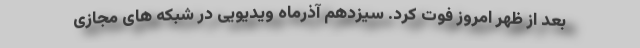
بعد از ظهر امروز فوت کرد. سیزدهم آذرماه ویدیویی در شبکه های مجازی